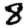
Digit: 8